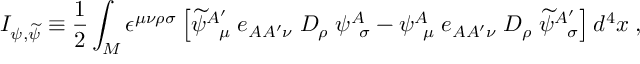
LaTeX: I _ { \psi , { \widetilde \psi } } \equiv { \frac { 1 } { 2 } } \int _ { M } \epsilon ^ { \mu \nu \rho \sigma } \left[ { \widetilde \psi } _ { \; \; \; \mu } ^ { A ^ { \prime } } \; e _ { A A ^ { \prime } \nu } \; D _ { \rho } \; \psi _ { \; \; \sigma } ^ { A } - \psi _ { \; \; \mu } ^ { A } \; e _ { A A ^ { \prime } \nu } \; D _ { \rho } \; { \widetilde \psi } _ { \; \; \; \sigma } ^ { A ^ { \prime } } \right] d ^ { 4 } x \; ,